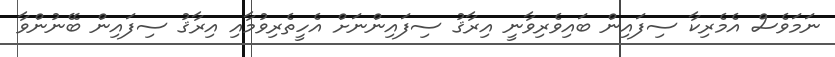
ނަމަވެސް އެމެރިކާ ސިފައިން ބައިވެރިވާނީ އިރާޤު ސިފައިންނަށް އެހީތެރިވުމާއި އިރާޤު ސިފައިން ބޭނުންވާ